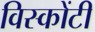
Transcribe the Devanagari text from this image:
विस्कोंटी